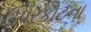
ઉપરકોટના